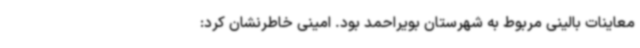
معاینات بالینی مربوط به شهرستان بویراحمد بود. امینی خاطرنشان کرد: